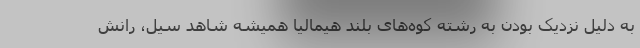
به دلیل نزدیک بودن به رشته کوه‌های بلند هیمالیا همیشه شاهد سیل، رانش